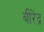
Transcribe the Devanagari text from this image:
बीरेंद्र